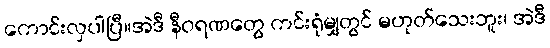
ကောင်းလှပါပြီ။အဲဒီ နီဝရဏတွေ ကင်းရုံမျှတွင် မဟုတ်သေးဘူး၊ အဲဒီ